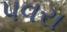
પવરા